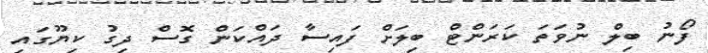
ފޯނު ބިލް ނުވަތަ ކަރަންޓް ބިލަށް ފައިސާ ދައްކަން ގޮސް ދިގު ކިޔޫގައި